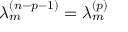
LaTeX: \lambda _ { m } ^ { ( n - p - 1 ) } = \lambda _ { m } ^ { ( p ) }